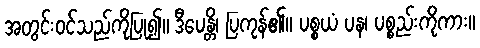
အတွင်းဝင်သည်ကိုပြု၍။ ဒီပေန္တိ၊ ပြကုန်၏။ ပစ္စယံ ပန၊ ပစ္စည်းကိုကား။